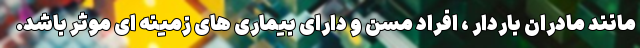
مانند مادران باردار ، افراد مسن و دارای بیماری های زمینه ای موثر باشد.